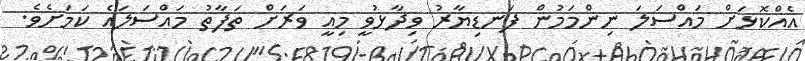
އެއްކޮޅަށް މައްސަލަ ނިންމަމުން ފަނޑިޔާރު ވިދާޅުވީ މިއީ ވަރަށް ތަފާތު މައްސަލައެ ކަމަށެވެ.